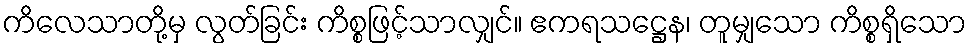
ကိလေသာတို့မှ လွတ်ခြင်း ကိစ္စဖြင့်သာလျှင်။ ဧကရသဋ္ဌေန၊ တူမျှသော ကိစ္စရှိသော